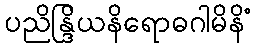
ပညိန္ဒြိယနိရောဓဂါမိနိံ